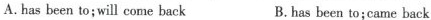
A.has been to;will come back B.has been to;came back